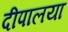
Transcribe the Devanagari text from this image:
दीपालया